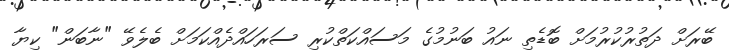
ބޭރަށް ދަތުރުކުރުމަށް ބޮޑެތި ނައު ބަނުމުގެ މަސައްކަތްކުރި ސަރަހައްދެއްކަމަށް ބެލެވޭ "ނާބަން" ކިޔާ